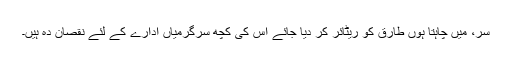
سر، میں چاہتا ہوں طارق کو ریٹائر کر دیا جائے اس کی کچھ سرگرمیاں ادارے کے لئے نقصان دہ ہیں۔